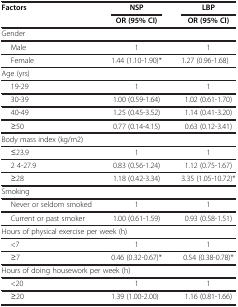
<table><thead><tr><td rowspan="2"><b>Factors</b></td><td><b>NSP</b></td><td><b>LBP</b></td></tr><tr><td><b>OR (95% CI)</b></td><td><b>OR (95% CI)</b></td></tr></thead><tbody><tr><td>Gender</td><td> </td><td> </td></tr><tr><td>Male</td><td>1</td><td>1</td></tr><tr><td>Female</td><td>1.44 (1.10-1.90)*</td><td>1.27 (0.96-1.68)</td></tr><tr><td>Age (yrs)</td><td> </td><td> </td></tr><tr><td>19-29</td><td>1</td><td>1</td></tr><tr><td>30-39</td><td>1.00 (0.59-1.64)</td><td>1.02 (0.61-1.70)</td></tr><tr><td>40-49</td><td>1.25 (0.45-3.52)</td><td>1.14 (0.41-3.20)</td></tr><tr><td>≥50</td><td>0.77 (0.14-4.15)</td><td>0.63 (0.12-3.41)</td></tr><tr><td>Body mass index (kg/m2)</td><td> </td><td> </td></tr><tr><td>≤23.9</td><td>1</td><td>1</td></tr><tr><td>2 4-27.9</td><td>0.83 (0.56-1.24)</td><td>1.12 (0.75-1.67)</td></tr><tr><td>≥28</td><td>1.18 (0.42-3.34)</td><td>3.35 (1.05-10.72)*</td></tr><tr><td>Smoking</td><td> </td><td> </td></tr><tr><td>Never or seldom smoked</td><td>1</td><td>1</td></tr><tr><td>Current or past smoker</td><td>1.00 (0.61-1.59)</td><td>0.93 (0.58-1.51)</td></tr><tr><td colspan="3">Hours of physical exercise per week (h)</td></tr><tr><td>&lt;7</td><td>1</td><td>1</td></tr><tr><td>≥7</td><td>0.46 (0.32-0.67)*</td><td>0.54 (0.38-0.78)*</td></tr><tr><td colspan="3">Hours of doing housework per week (h)</td></tr><tr><td>&lt;20</td><td>1</td><td>1</td></tr><tr><td>≥20</td><td>1.39 (1.00-2.00)</td><td>1.16 (0.81-1.66)</td></tr></tbody></table>